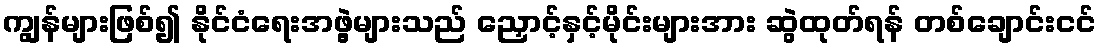
ကျွန်များဖြစ်၍ နိုင်ငံရေးအဖွဲ့များသည် ညှောင့်နှင့်မိုင်းများအား ဆွဲထုတ်ရန် တစ်ချောင်းငင်